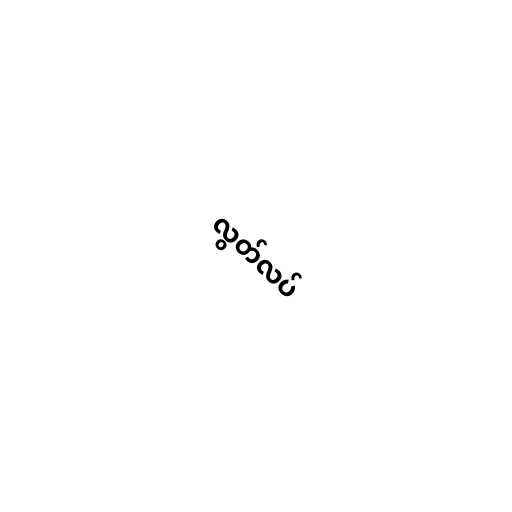
လွတ်လပ်